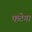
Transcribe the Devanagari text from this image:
फटेगा